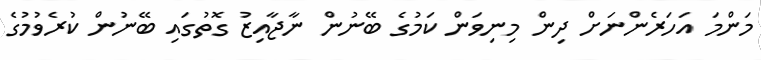
މަންމަ އަހަރެންނަށް ދިން މިނިވަން ކަމުގެ ބޭނުން ނާޖާއިޒު ގޮތުގައި ބޭނުން ކުރެވުމުގެ